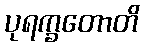
ပုရက္ခတောတိ